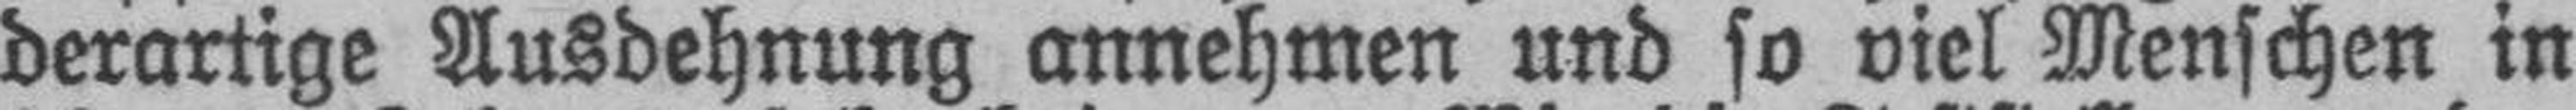
derartige Ausdehnung annehmen und so viel Menschen in